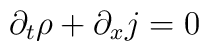
\partial_{t}\rho + \partial_{x} j =0